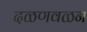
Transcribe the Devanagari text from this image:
दळणवळन